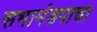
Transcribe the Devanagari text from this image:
सभामंडपाचा